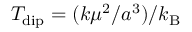
T _ { \mathrm { d i p } } = ( k \mu ^ { 2 } / a ^ { 3 } ) / k _ { \mathrm { B } }